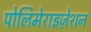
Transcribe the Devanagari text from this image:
पोलिमेराइज़ेशन